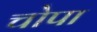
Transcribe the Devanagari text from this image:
चोपा